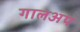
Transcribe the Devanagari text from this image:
गालअप